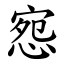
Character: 惌